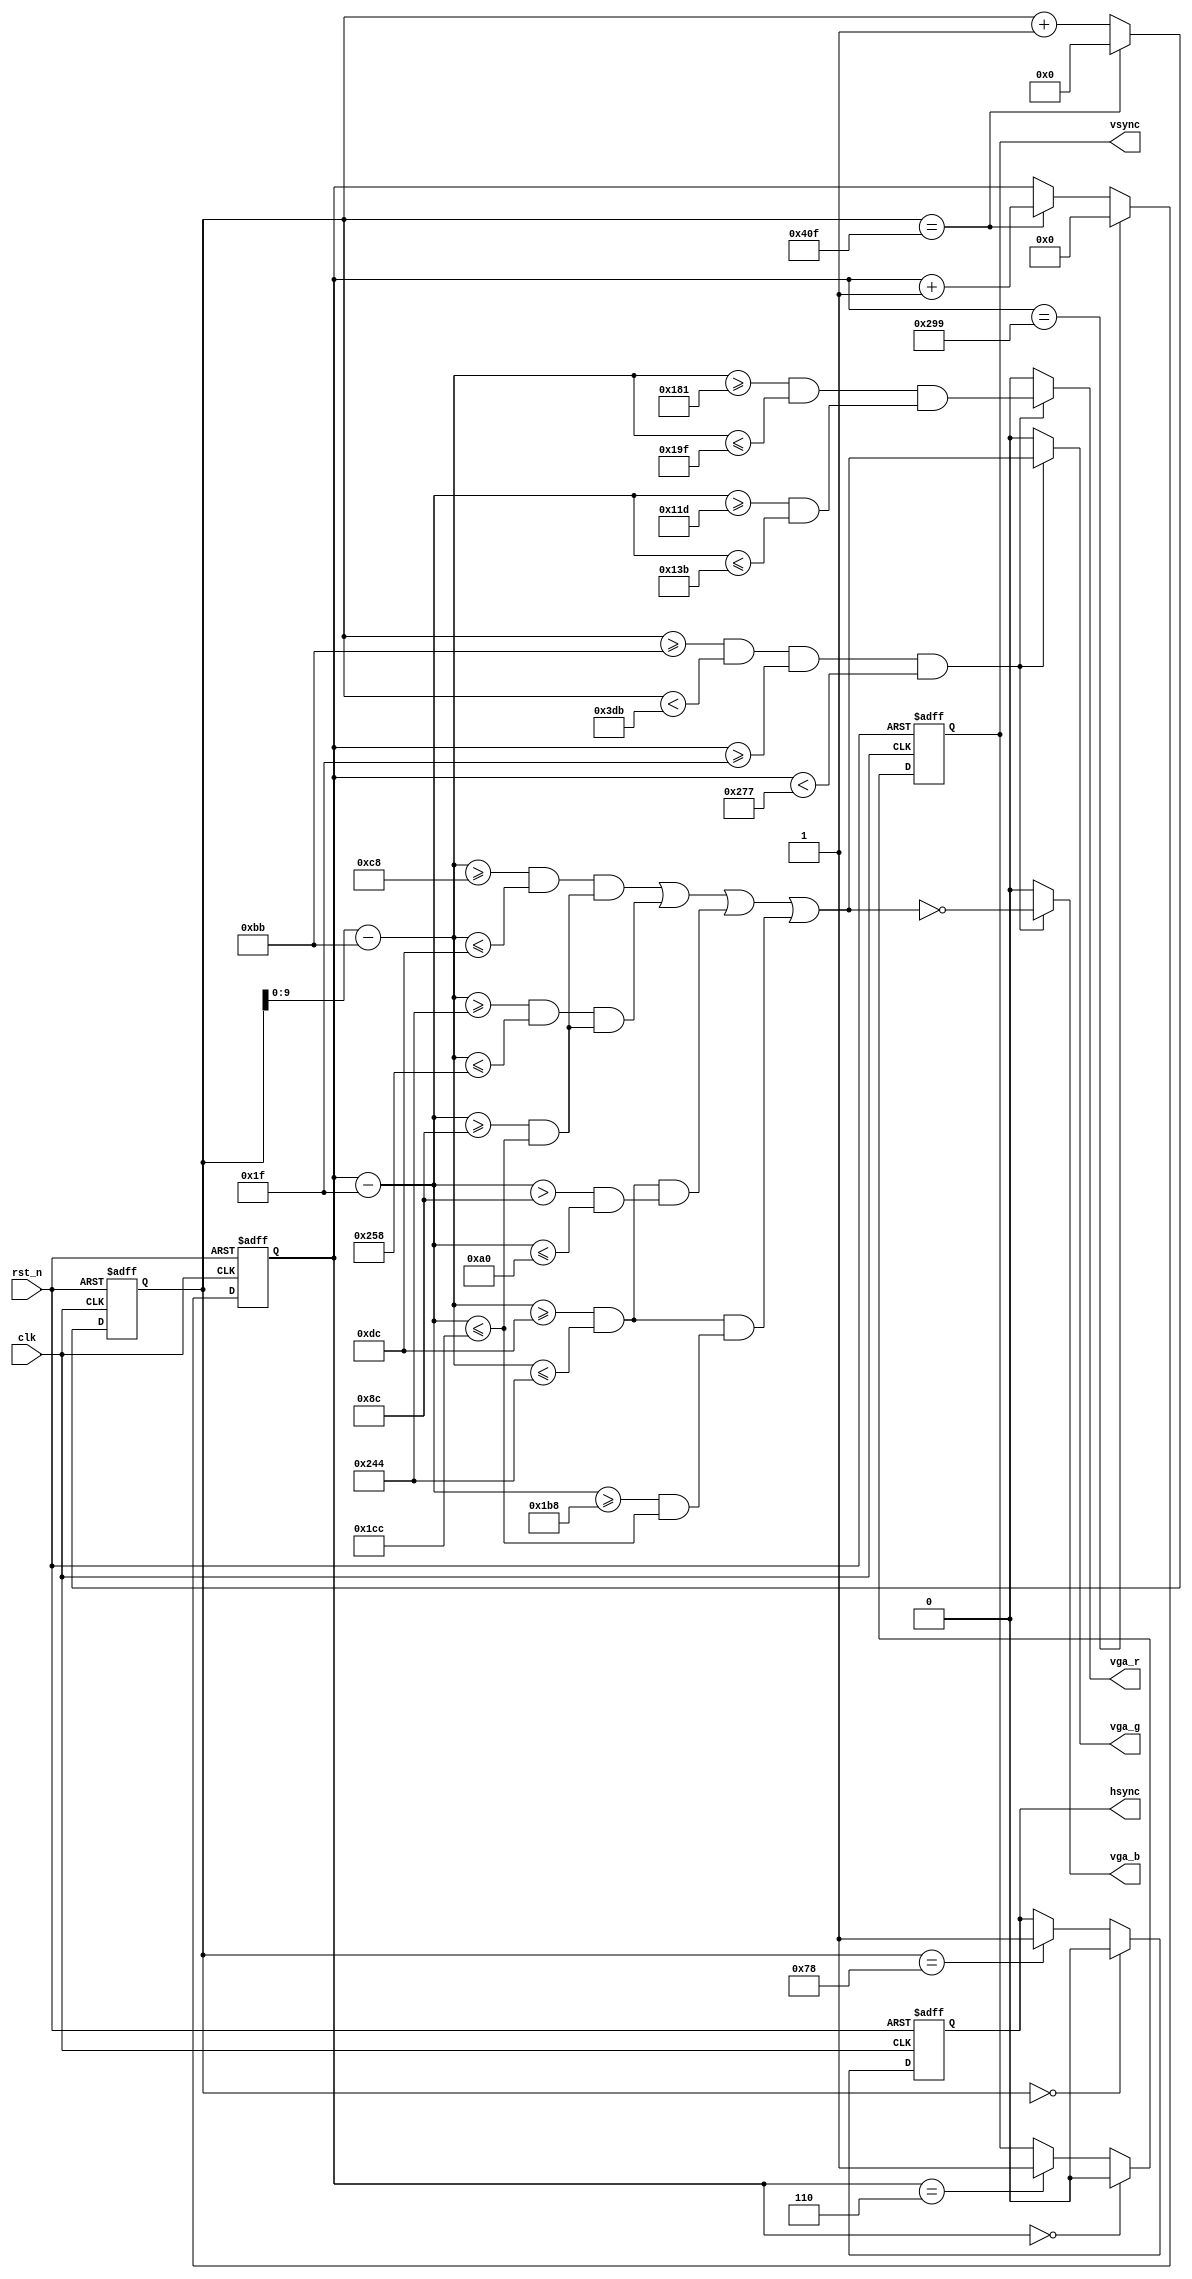
`timescale 1ns / 1ps
////////////////////////////////////////////////////////////////////////////////
// Company: 
// Engineer:
//
// Create Date:    
// Design Name:    
// Module Name:    
// Project Name:   
// Target Device:  
// Tool versions:  
// Description:
//
// Dependencies:
// 
// Revision:
// Revision 0.01 - File Created
// Additional Comments:
// EDNFPGA/CPLDhttp://group.ednchina.com/1375/
////////////////////////////////////////////////////////////////////////////////
module vga_dis(
			clk,rst_n,
			hsync,vsync,
			vga_r,vga_g,vga_b
		);

input clk;		//50MHz
input rst_n;	//
output hsync;	//
output vsync;	//
output vga_r;
output vga_g;
output vga_b;

//--------------------------------------------------
reg[10:0] x_cnt;	//
reg[9:0] y_cnt;	//

always @ (posedge clk or negedge rst_n)
	if(!rst_n) x_cnt <= 11'd0;
	else if(x_cnt == 11'd1039) x_cnt <= 11'd0;
	else x_cnt <= x_cnt+1'b1;

always @ (posedge clk or negedge rst_n)
	if(!rst_n) y_cnt <= 10'd0;
	else if(y_cnt == 10'd665) y_cnt <= 10'd0;
	else if(x_cnt == 11'd1039) y_cnt <= y_cnt+1'b1;

//--------------------------------------------------
wire valid;	//

assign valid = (x_cnt >= 11'd187) && (x_cnt < 11'd987) 
					&& (y_cnt >= 10'd31) && (y_cnt < 10'd631); 

wire[9:0] xpos,ypos;	//

assign xpos = x_cnt-11'd187;
assign ypos = y_cnt-10'd31;

//--------------------------------------------------
reg hsync_r,vsync_r;	//

always @ (posedge clk or negedge rst_n)
	if(!rst_n) hsync_r <= 1'b1;
	else if(x_cnt == 11'd0) hsync_r <= 1'b0;	//hsync
	else if(x_cnt == 11'd120) hsync_r <= 1'b1;
 
always @ (posedge clk or negedge rst_n)
	if(!rst_n) vsync_r <= 1'b1;
	else if(y_cnt == 10'd0) vsync_r <= 1'b0;	//vsync
	else if(y_cnt == 10'd6) vsync_r <= 1'b1;

assign hsync = hsync_r;
assign vsync = vsync_r;

//--------------------------------------------------
	//
wire a_dis,b_dis,c_dis,d_dis;	//

assign a_dis = ( (xpos>=200) && (xpos<=220) ) 
				&&	( (ypos>=140) && (ypos<=460) );
				
assign b_dis = ( (xpos>=580) && (xpos<=600) )
				&& ( (ypos>=140) && (ypos<=460) );

assign c_dis = ( (xpos>=220) && (xpos<=580) ) 
				&&	( (ypos>140)  && (ypos<=160) );
				
assign d_dis = ( (xpos>=220) && (xpos<=580) )
				&& ( (ypos>=440) && (ypos<=460) );

	//
wire e_rdy;	//

assign e_rdy = ( (xpos>=385) && (xpos<=415) )
				&&	( (ypos>=285) && (ypos<=315) );

//-------------------------------------------------- 
	//r,g,b
assign vga_r = valid ? e_rdy : 1'b0;
assign vga_g = valid ?  (a_dis | b_dis | c_dis | d_dis) : 1'b0;
assign vga_b = valid ? ~(a_dis | b_dis | c_dis | d_dis) : 1'b0;	  

endmodule